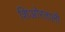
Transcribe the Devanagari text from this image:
शिओरताली